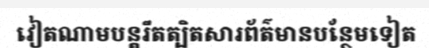
វៀតណាមបន្តរឹតត្បិតសារព័ត៌មានបន្ថែមទៀត